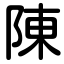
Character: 陳